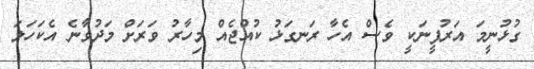
ގުޅުނީމަ އަރުފީނަކީ ވެސް އެހާ ރަނގަޅު ކުއްޖެއް މިހާރު ވަރަށް މަދުވާނެ އެކަހަލަ